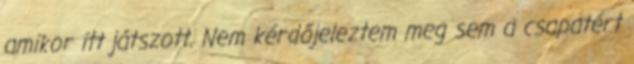
amikor itt játszott. Nem kérdőjeleztem meg sem a csapatért